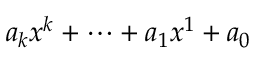
a _ { k } x ^ { k } + \dotsb + a _ { 1 } x ^ { 1 } + a _ { 0 }